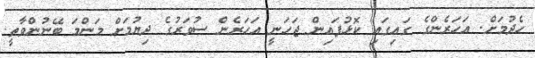
ހެދުމަށް. އަހަރެންގެ ގައިގައި ކޮޅުފައިން ޖަހަނީ އަހަރެން ސުވަރުގެ ދިޔުމަށް މަންމަ ބޭނުންވާތީ.